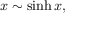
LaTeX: x \sim \sinh x ,